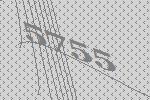
5755